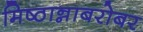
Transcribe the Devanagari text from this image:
मिष्ठान्नाबरोबर